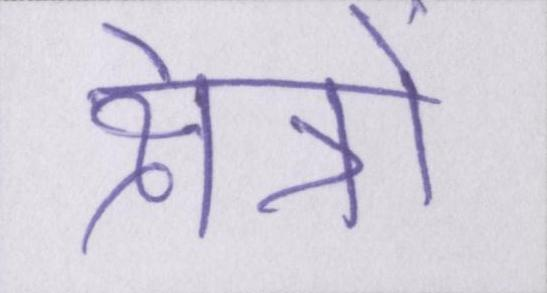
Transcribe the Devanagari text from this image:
क्षेत्रों